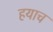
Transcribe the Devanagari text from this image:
हयाच